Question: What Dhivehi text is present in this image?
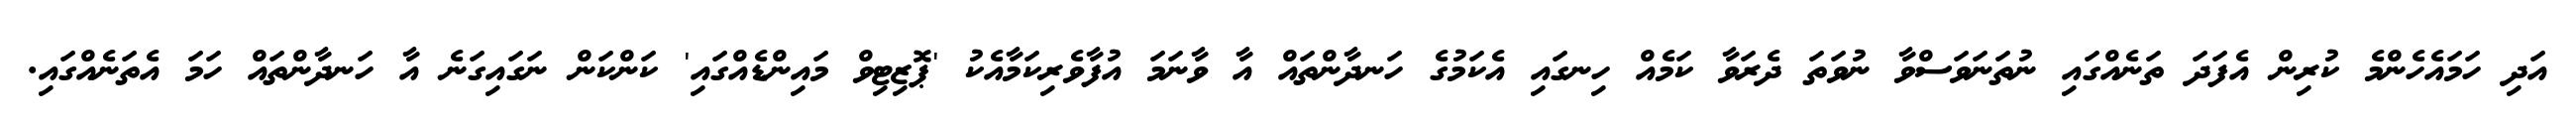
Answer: އަދި ހަމައެހެންމެ ކުރިން އެފަދަ ތަނެއްގައި ނުތަނަވަސްވާ ނުވަތަ ދެރަވާ ކަމެއް ހިނގައި އެކަމުގެ ހަނދާންތައް އާ ވާނަމަ އުފާވެރިކަމާއެކު 'ޕޮޒިޓިވް މައިންޑެއްގައި' ކަންކަން ނަގައިގަނެ އާ ހަނދާންތައް ހަމަ އެތަނެއްގައި.